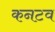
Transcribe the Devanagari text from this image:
कनटव